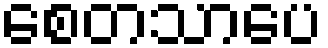
စေတသာပေ